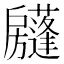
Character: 𢩣